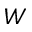
W